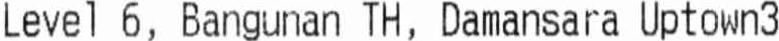
LEVEL 6, BANGUNAN TH, DAMANSARA UPTOWN3